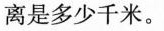
离是多少千米。